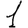
Digit: 1